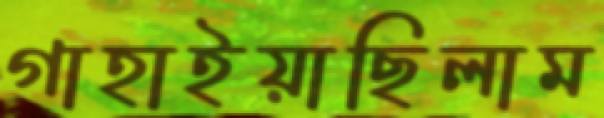
গাহাইয়াছিলাম